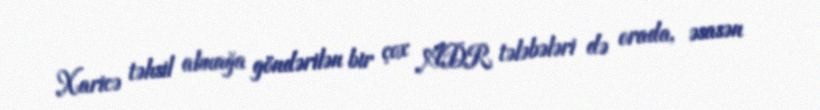
Xaricə təhsil almağa göndərilən bir çox ADR tələbələri də orada, əsasən